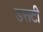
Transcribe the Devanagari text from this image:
डसटी